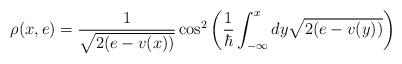
LaTeX: \begin{align*}\rho ( x , e ) = \frac{1}{\sqrt{2(e - v(x))}} \cos^{2} \left (\frac{1}{\hbar}\int_{-\infty}^{x} d y \sqrt{2 ( e - v(y) )} \right )\end{align*}